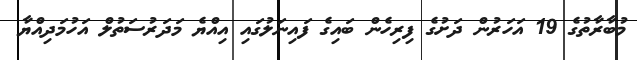
މުބާރާތުގެ 19 އަހަރުން ދަށުގެ ފިރިހެން ބައިގެ ފައިނަލުގައި އިއްޔެ މަދަރުސަތުލް އަހުމަދިއްޔާ